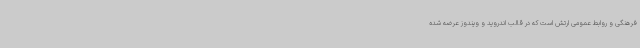
فرهنگی و روابط عمومی ارتش است که در قالب اندروید و ویندوز عرضه شده